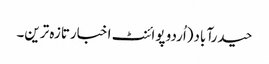
حیدرآباد(اُردو پوائنٹ اخبارتازہ ترین۔